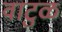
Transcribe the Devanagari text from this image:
वाटुळ